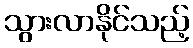
သွားလာနိုင်သည့်